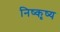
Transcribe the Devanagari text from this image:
निष्कृष्य